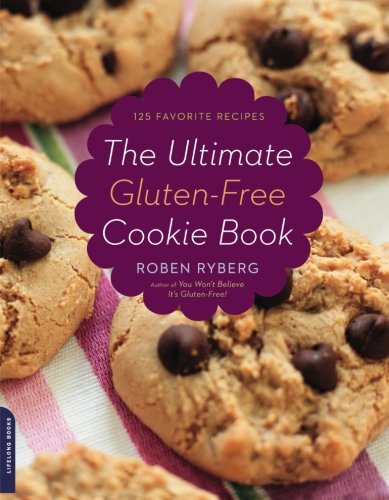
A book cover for The Ultimate Gluten-Free Cookie Book; Roben Ryberg; Cookbooks, Food & Wine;